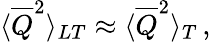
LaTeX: \langle\overline{{{Q}}}^{2}\rangle_{LT}\approx\langle\overline{{{Q}}}^{2}\rangle_{T}\, ,